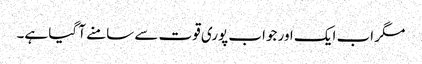
مگر اب ایک اور جواب پوری قوت سے سامنے آ گیا ہے۔